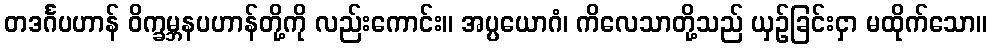
တဒင်္ဂပဟာန် ဝိက္ခမ္ဘနပဟာန်တို့ကို လည်းကောင်း။ အပ္ပယောဂံ၊ ကိလေသာတို့သည် ယှဉ်ခြင်းငှာ မထိုက်သော။